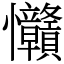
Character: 𢦅